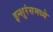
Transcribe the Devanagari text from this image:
इन्शुरंसमध्ये